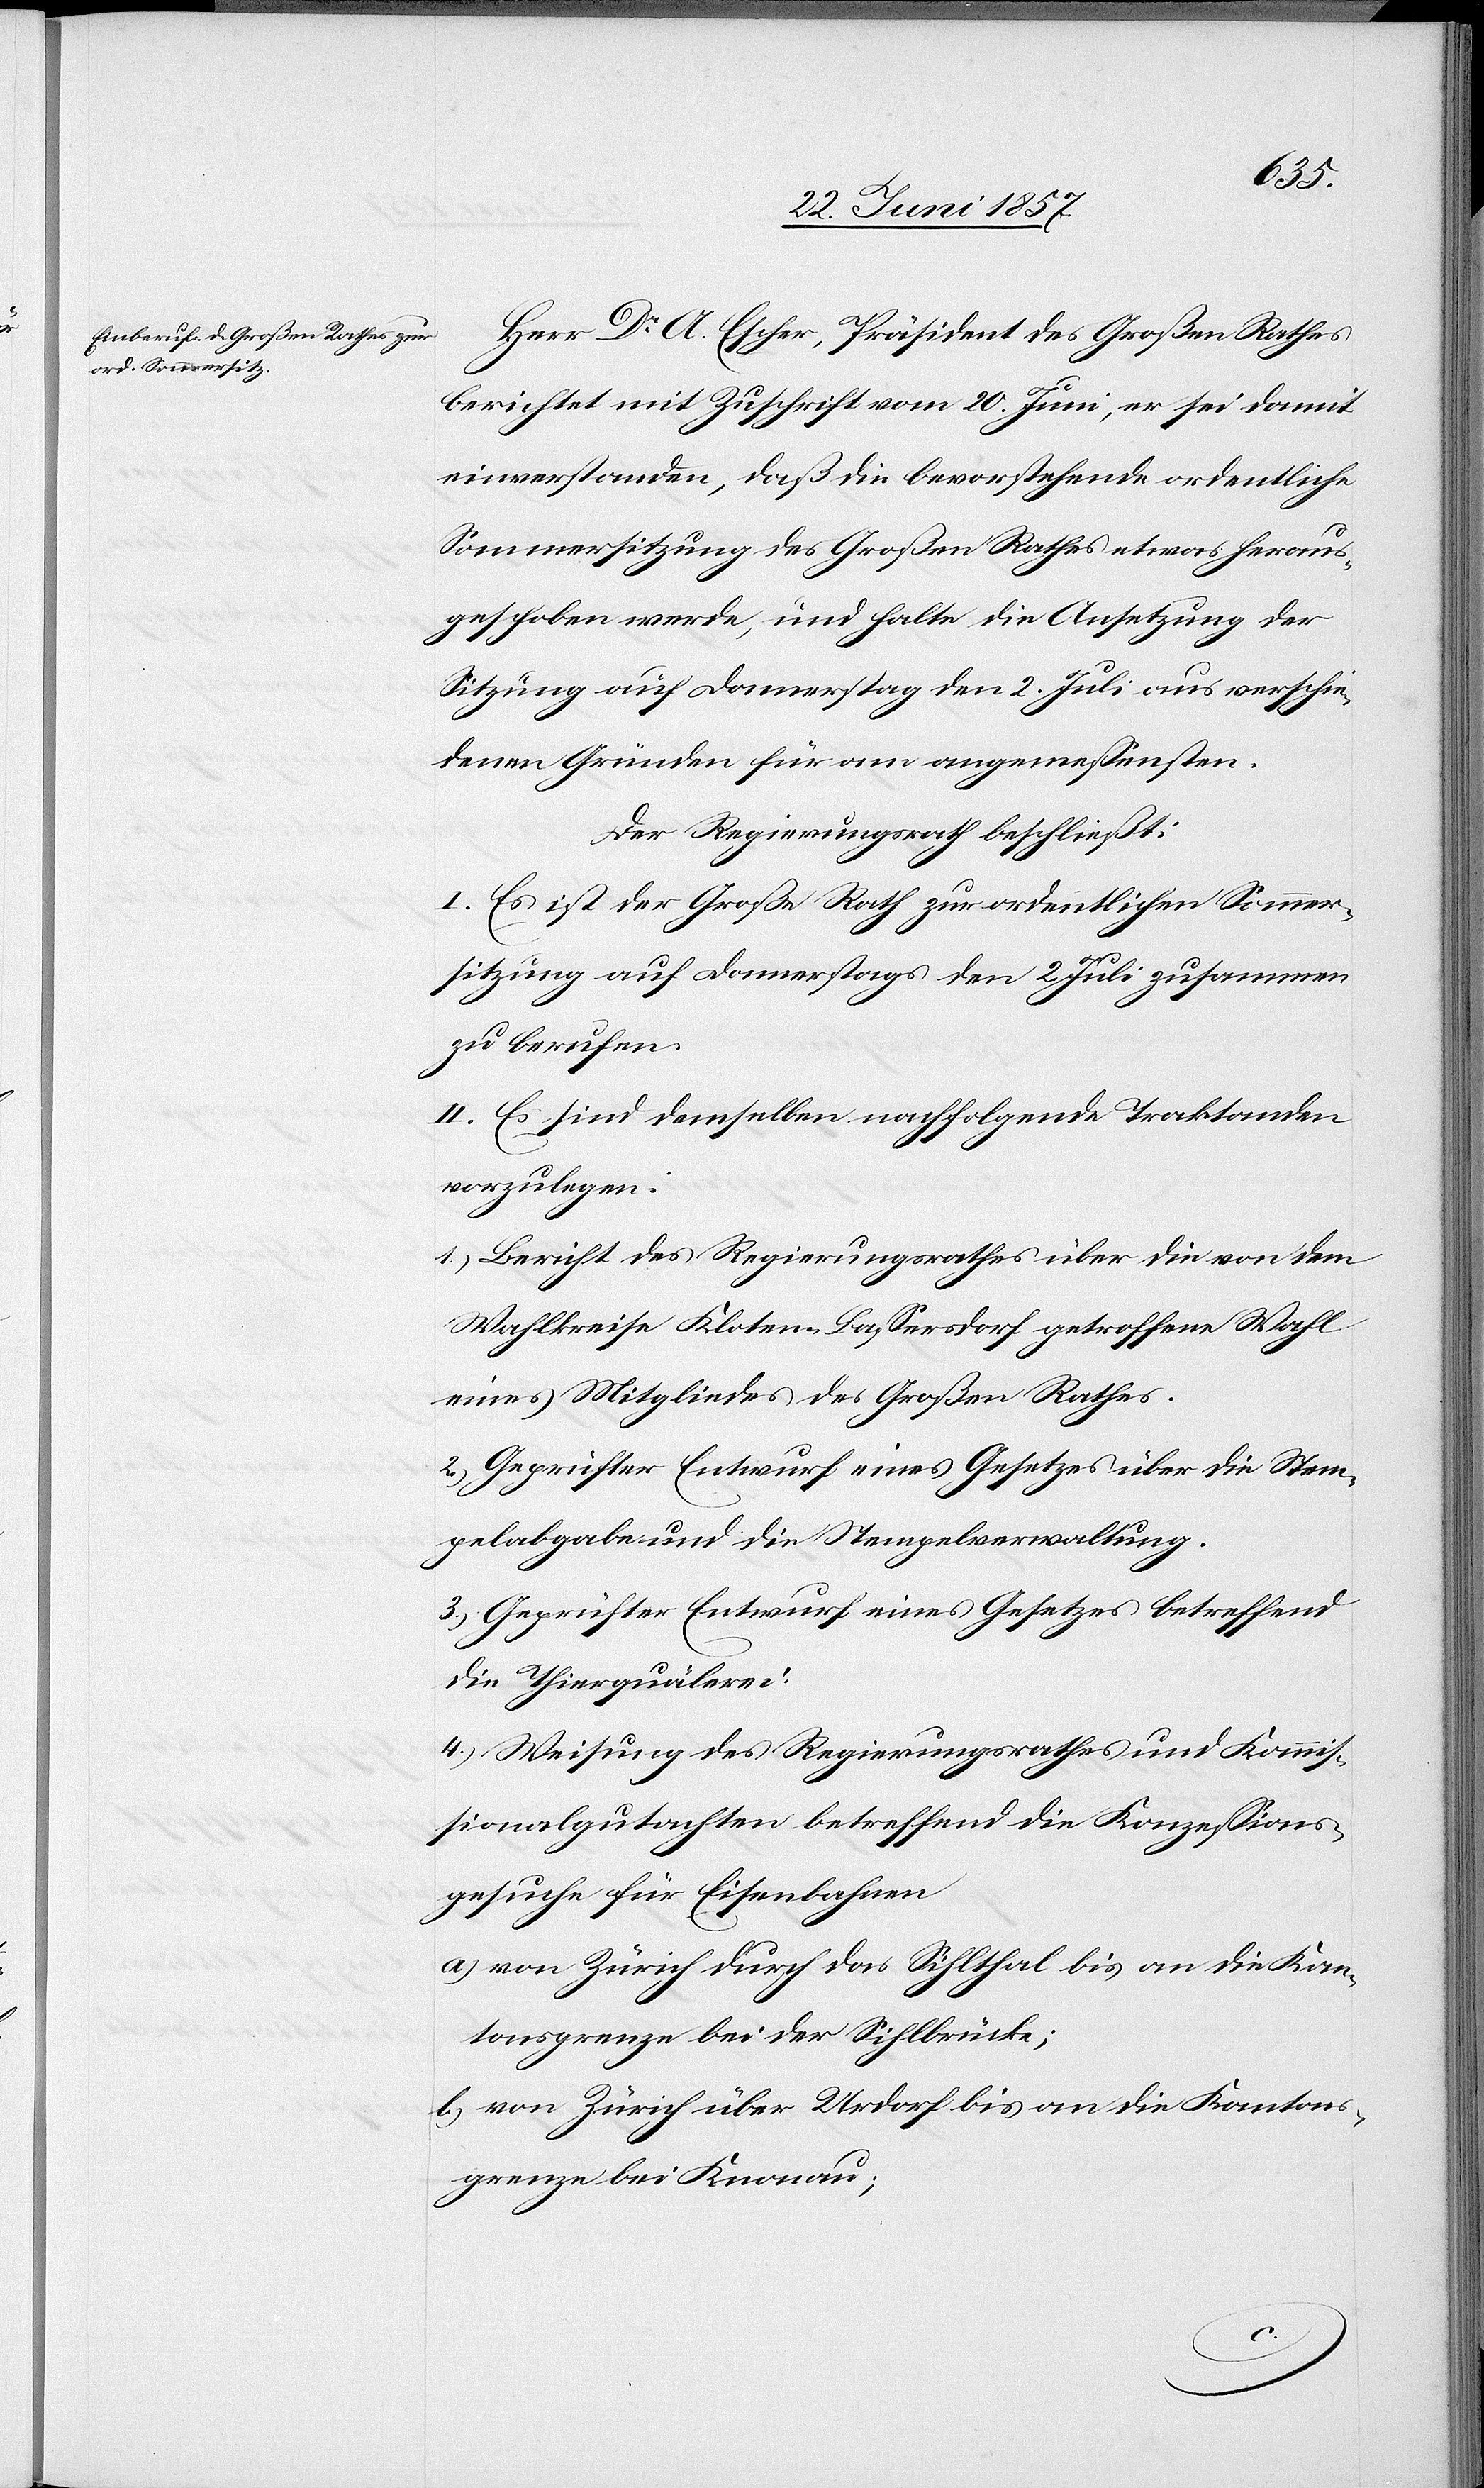
Herr Dr A. Escher, Präsident des Großen Rathes
berichtet mit Schreiben vom 20 Juni, er sei damit
einverstanden, daß die bevorstehende ordentliche
Sommersitzung des Großen Rathes etwas heraus¬
geschoben werde, und halte die Ansetzung der
Sitzung auf Donnerstag den 2 Juli aus verschie¬
denen Gründen für am angemessensten.
Der Regierungsrath beschließt:
I. Es ist der Große Rath zur ordentlichen Sommer¬
sitzung auf Donnerstags den 2 Juli zusammen
zu berufen.
II. Es sind demselben nachfolgende Traktanden
vorzulegen:
1.) Bericht des Regierungsrathes über die von dem
Wahlkreise Kloten-Bassersdorf getroffene Wahl
eines Mitgliedes des Großen Rathes.
2.) Geprüfter Entwurf eines Gesetzes über die Stem¬
pelabgabe und die Stempelverwaltung.
3.) Geprüfter Entwurf eines Gesetzes betreffend
die Thierquälerei.
4.) Weisung des Regierungsrathes und Kommis¬
sionalgutachten betreffend die Konzessions¬
gesuche für Eisenbahnen.
a) von Zürich durch das Sihlthal bis an die Kan¬
tonsgrenze bei der Sihlbrücke;
b.) von Zürich über Urdorf bis an die Kantons¬
grenze bei Knonau;